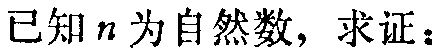
已知 \(n\) 为自然数，求证：